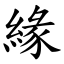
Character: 緣